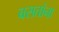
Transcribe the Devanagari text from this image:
बसतांना